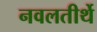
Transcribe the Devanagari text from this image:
नवलतीर्थे